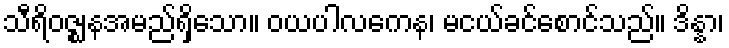
သီရိဝဇ္ဈနအမည်ရှိသော။ ဝယပါလကေန၊ မငယ်ခင်စောင်သည်။ ဒိန္နာ၊